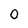
Character: 0